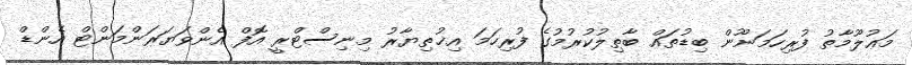
މަޢުލޫމާތު ފުރިހަމަނޫން ބިޑުތައް ބާޠިލުކުރުމުގެ ފުރިހަމަ އިޚުތިޔާރު މިނިސްޓްރީ އޮފް އެންވަޔަރަންމަންޓް އެންޑް